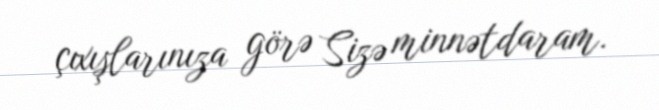
çıxışlarınıza görə Sizə minnətdaram.